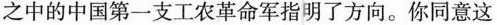
之中的中国第一支工农革命军指明了方向。你同意这